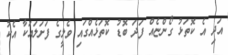
އަދި އެ ކޮތަޅު ގޯންޏެއް ފަދަ ބޮޑު ކޮތަޅެއްގައި ވެލީގެ ފަށަލައަކާ އެކު